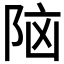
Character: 𮥅